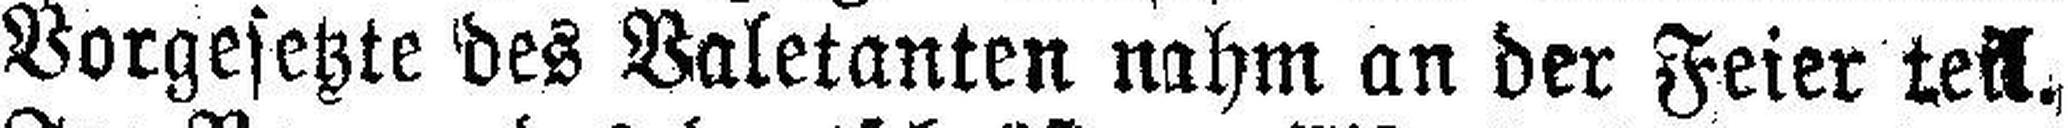
Vorgesetzte des Valetanten nahm an der Feier teil.